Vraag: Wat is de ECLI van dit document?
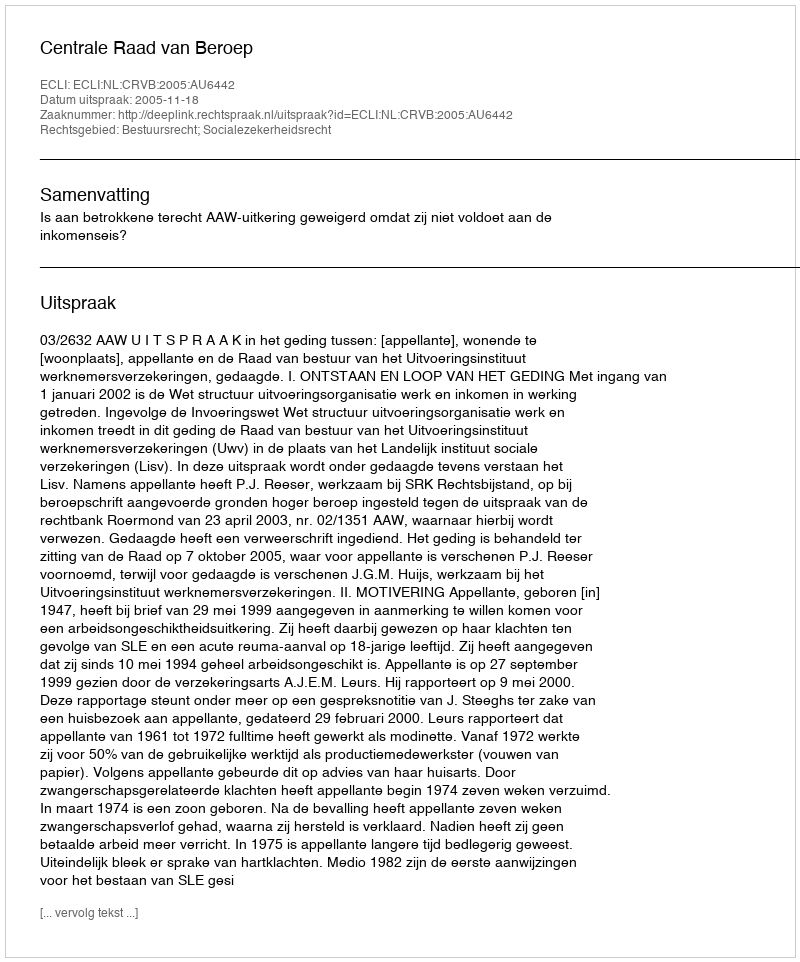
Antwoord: ECLI:NL:CRVB:2005:AU6442